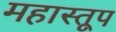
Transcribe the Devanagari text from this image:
महास्तूप